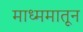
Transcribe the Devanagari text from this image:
माध्ममातून